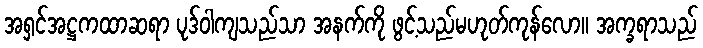
အရှင်အဋ္ဌကထာဆရာ ပုဒ်ဝါကျသည်သာ အနက်ကို ဖွင့်သည်မဟုတ်ကုန်လော။ အက္ခရာသည်